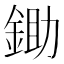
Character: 鋤